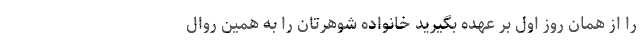
را از همان روز اول بر عهده بگیرید خانواده شوهرتان را به همین روال